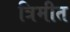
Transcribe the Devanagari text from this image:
त्रिमीत